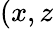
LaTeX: (x,z